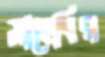
সাহেবির